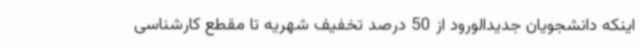
اینکه دانشجویان جدیدالورود از 50 درصد تخفیف شهریه تا مقطع کارشناسی